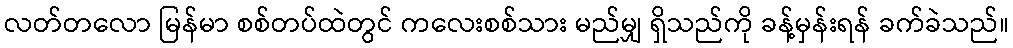
လတ်တလော မြန်မာ စစ်တပ်ထဲတွင် ကလေးစစ်သား မည်မျှ ရှိသည်ကို ခန့်မှန်းရန် ခက်ခဲသည်။